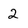
Character: 2